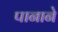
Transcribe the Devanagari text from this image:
पानाने